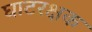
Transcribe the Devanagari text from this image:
घाटरक्षक